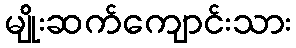
မျိုးဆက်ကျောင်းသား